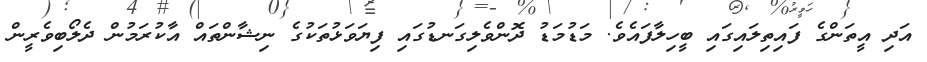
އަދި އީތަންގެ ފައިތިލައިގައި ބީހިލާފައެވެ. މަޑުމަޑު ދޮންވެލިގަނޑުގައި ފިޔަވަޅުތަކުގެ ނިޝާންތައް އާކުރަމުން ދެލޯބިވެރީން